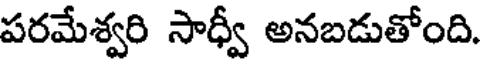
పరమేశ్వరి సాధ్వీ అనబడుతోంది.